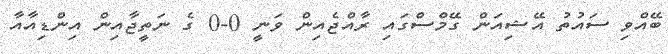
ބޭއްވި ސައުތު އޭޝިއަން ގޭމްސްގައި ރާއްޖެއިން ވަނީ 0-0 ގެ ނަތީޖާއިން އިންޑިއާއާ